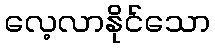
လေ့လာနိုင်သော